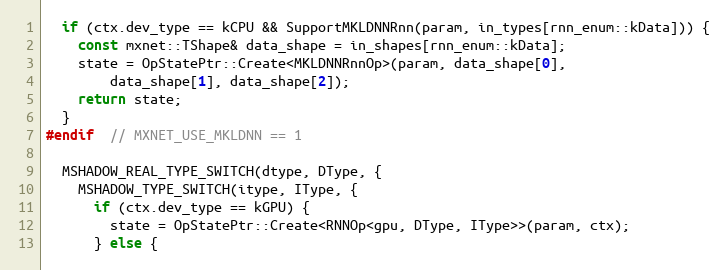
Language: C++
  if (ctx.dev_type == kCPU && SupportMKLDNNRnn(param, in_types[rnn_enum::kData])) {
    const mxnet::TShape& data_shape = in_shapes[rnn_enum::kData];
    state = OpStatePtr::Create<MKLDNNRnnOp>(param, data_shape[0],
        data_shape[1], data_shape[2]);
    return state;
  }
#endif  // MXNET_USE_MKLDNN == 1

  MSHADOW_REAL_TYPE_SWITCH(dtype, DType, {
    MSHADOW_TYPE_SWITCH(itype, IType, {
      if (ctx.dev_type == kGPU) {
        state = OpStatePtr::Create<RNNOp<gpu, DType, IType>>(param, ctx);
      } else {